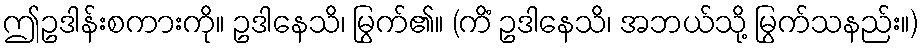
ဤဥဒါန်းစကားကို။ ဥဒါနေသိ၊ မြွက်၏။ (ကိံ ဥဒါနေသိ၊ အဘယ်သို့ မြွက်သနည်း။)